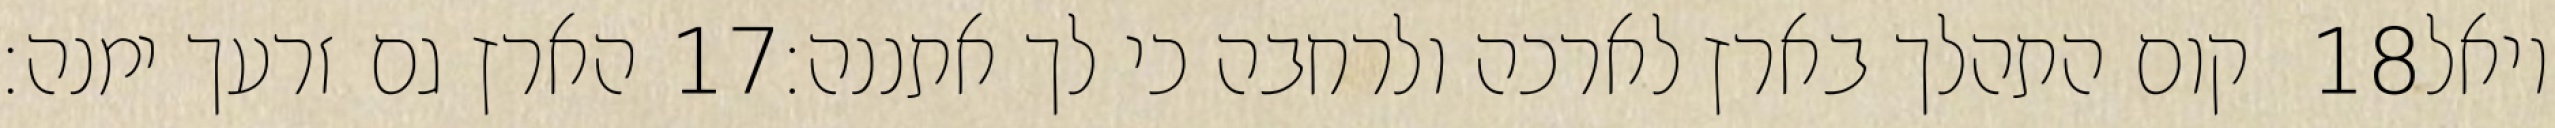
הארץ גם זרעך ימנה׃ ‎17‏ קום התהלך בארץ לארכה ולרחבה כי לך אתננה׃ ‎18‏ ויאל